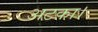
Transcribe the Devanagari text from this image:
अटका।